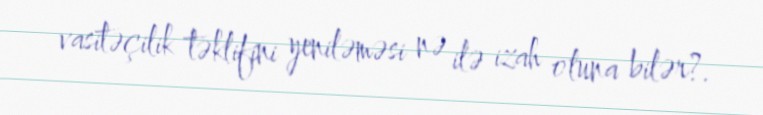
vasitəçilik təklifini yeniləməsi nə ilə izah oluna bilər?.